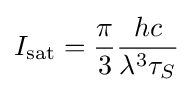
I_{\text{sat}}={\frac {\pi }{3}}{hc \over \lambda ^{3}\tau _{S}}